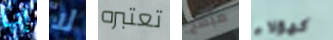
إنها لا تعتبره مبهج كهؤلاء